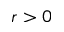
r > 0